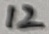
Text: 12